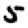
Digit: 5